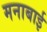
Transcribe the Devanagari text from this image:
मनाबाई